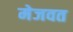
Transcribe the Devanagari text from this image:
मेजवत